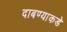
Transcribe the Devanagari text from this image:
दाबण्याकडे